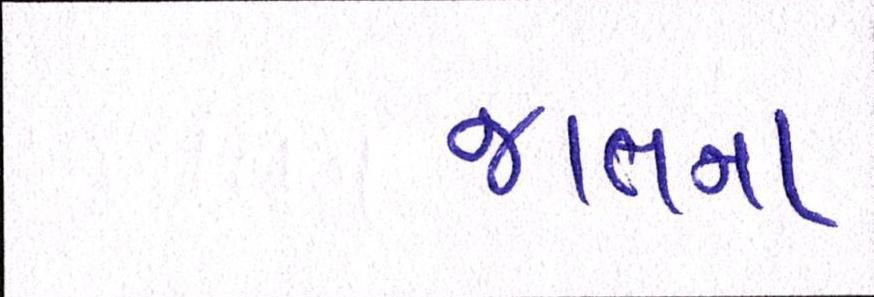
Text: જાતના